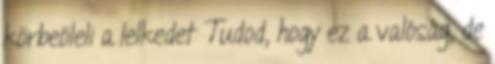
körbeöleli a lelkedet Tudod, hogy ez a valóság, de